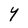
Character: Y